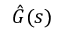
{ \hat { G } } ( s )